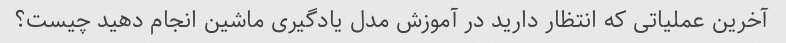
آخرین عملیاتی که انتظار دارید در آموزش مدل یادگیری ماشین انجام دهید چیست؟